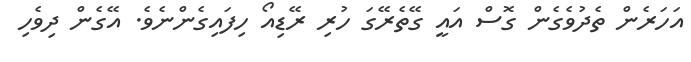
އަހަރެން ތެދުވެގެން ގޮސް އައީ ގޭތެރޭގަ ހުރި ރޭޑިއޯ ހިފައިގެންނެވެ. އޭގެން ދިވެހި